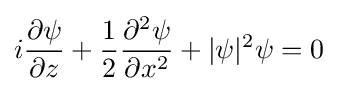
i{\frac {\partial \psi }{\partial z}}+{\frac {1}{2}}{\frac {\partial ^{2}\psi }{\partial x^{2}}}+|\psi |^{2}\psi =0